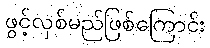
ဖွင့်လှစ်မည်ဖြစ်ကြောင်း